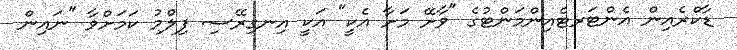
ޑާކްރެއިން އެންޓަރޓެއިންމަންޓުގެ "ވާށޭ މަށާ އެކީ" އަކީ އިނގިރޭސި ފިލްމު ކަމަށްވާ "ނައިން